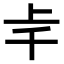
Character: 𠦋